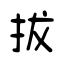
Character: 拔